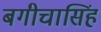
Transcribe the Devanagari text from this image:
बगीचासिंह